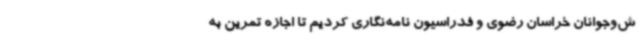
ش‌وجوانان خراسان رضوی و فدراسیون نامه‌نگاری کردیم تا اجازه تمرین به